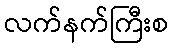
လက်နက်ကြီးစ